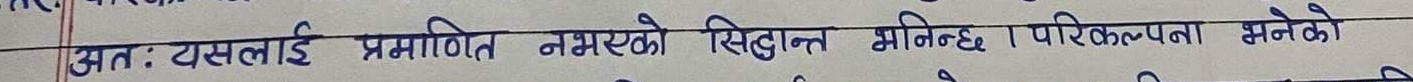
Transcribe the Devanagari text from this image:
अतः यसलाई प्रमाणित नभएको सिद्धान्त भनिन्छ । परिकल्पना भनेको